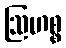
ဩဟစ္စ